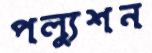
পল্যুশন